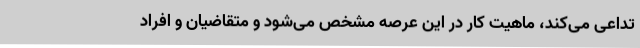
تداعی می‌کند، ماهیت کار در این عرصه مشخص می‌شود و متقاضیان و افراد